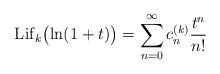
LaTeX: \begin{align*} {\rm Lif}_k\bigl(\ln(1+t)\bigr)=\sum_{n=0}^\infty c_n^{(k)}\frac{t^n}{n!} \end{align*}